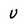
Character: U